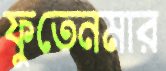
ফুতেনমার